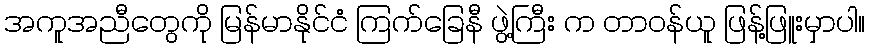
အကူအညီတွေကို မြန်မာနိုင်ငံ ကြက်ခြေနီ ဖွဲ့ကြီး က တာဝန်ယူ ဖြန့်ဖြူးမှာပါ။